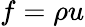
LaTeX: f=\rho u